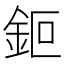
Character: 鉕